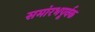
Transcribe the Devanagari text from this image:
समांरभपूर्वक